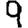
Digit: 9